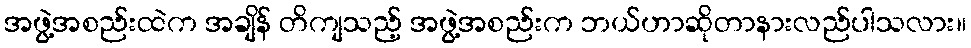
အဖွဲ့အစည်းထဲက အချိန် တိကျသည့် အဖွဲ့အစည်းက ဘယ်ဟာဆိုတာနားလည်ပါသလား။